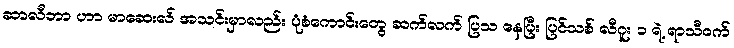
ဆာလီဘာ ဟာ မာဆေးလ် အသင်းမှာလည်း ပုံစံကောင်းတွေ ဆက်လက် ပြသ နေပြီး ပြင်သစ် လီဂူး ၁ ရဲ့ ရာသီဝက်